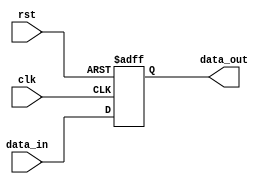
module bidirectional_buffer (
   input wire clk,
   input wire rst,
   input wire data_in,
   output wire data_out
);

   reg internal_data;

   always @ (posedge clk or posedge rst) begin
      if (rst) begin
         internal_data <= 1'b0;
      end else begin
         internal_data <= data_in;
      end
   end

   assign data_out = internal_data;

endmodule